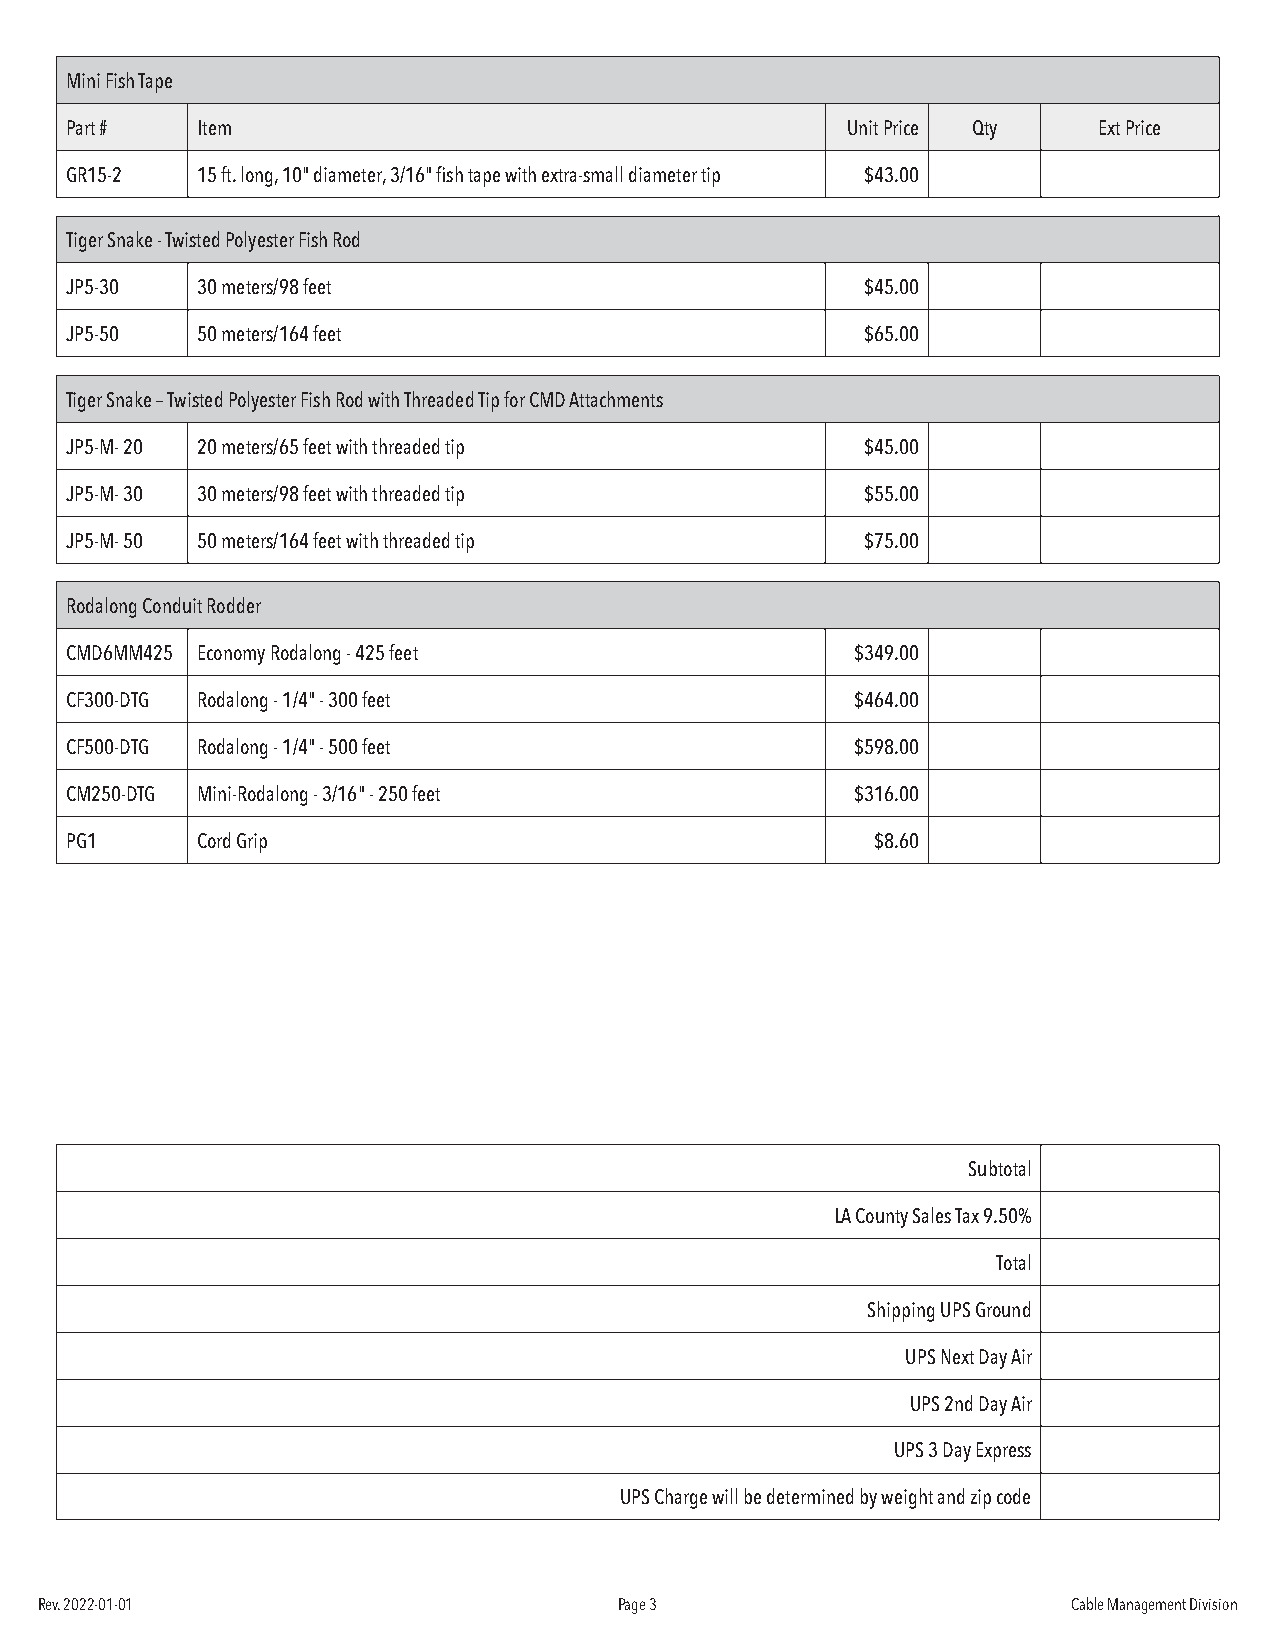
MiniFishTape
 Part#    Item                                       UnitPrice Qty    ExtPrice
 GR15-2   15ft.long,10"diameter,3/16"fishtapewithextra-smalldiametertip $43.00
 TigerSnake-TwistedPolyesterFishRod
 JP5-30   30meters/98feet                             $45.00
 JP5-50   50meters/164feet                            $65.00
 TigerSnake–TwistedPolyesterFishRodwithThreadedTipforCMDAttachments
 JP5-M-20 20meters/65feetwiththreadedtip              $45.00
 JP5-M-30 30meters/98feetwiththreadedtip              $55.00
 JP5-M-50 50meters/164feetwiththreadedtip             $75.00
 RodalongConduitRodder
 CMD6MM425 EconomyRodalong-425feet                    $349.00
 CF300-DTG Rodalong-1/4"-300feet                      $464.00
 CF500-DTG Rodalong-1/4"-500feet                      $598.00
 CM250-DTG Mini-Rodalong-3/16"-250feet                $316.00
 PG1      CordGrip                                     $8.60
 Subtotal
 LACountySalesTax9.50%
 Total
 ShippingUPSGround
 UPSNextDayAir
 UPS2ndDayAir
 UPS3DayExpress
 UPSChargewillbedeterminedbyweightandzipcode
 Rev.2022-01-01                         Page3                         CableManagementDivision